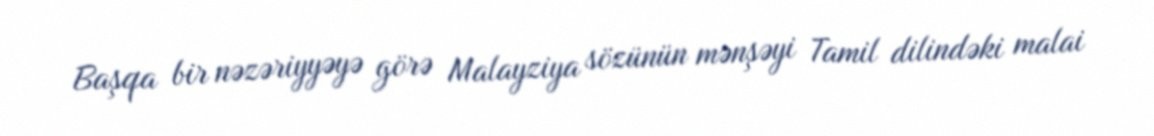
Başqa bir nəzəriyyəyə görə Malayziya sözünün mənşəyi Tamil dilindəki malai